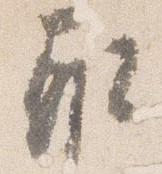
取